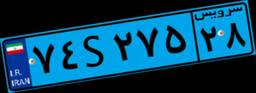
۱۰S۲۷۹۴۷